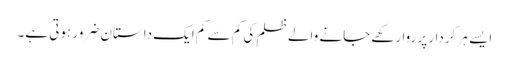
ایسے ہر کردار پر روا رکھے جانے والے ظلم کی کم سے کم ایک داستان ضرور ہوتی ہے۔